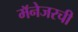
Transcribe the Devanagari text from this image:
मॅनेजरची